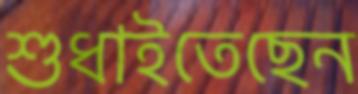
শুধাইতেছেন